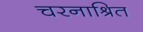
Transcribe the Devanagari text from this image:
चरनाश्रित